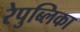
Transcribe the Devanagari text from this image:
रेपुब्लिका